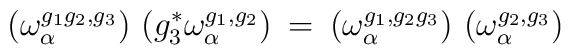
\left( \omega^{g_1 g_2, g_3}_{\alpha} \right) \,\left( g_3^* \omega^{g_1, g_2}_{\alpha} \right) \: = \:\left( \omega^{g_1, g_2 g_3}_{\alpha} \right) \,\left( \omega^{g_2, g_3}_{\alpha} \right)